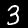
Digit: 3